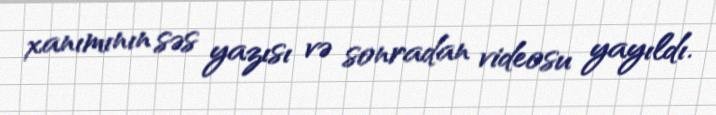
xanımının səs yazısı və sonradan videosu yayıldı.